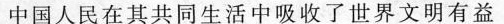
中国人民在其共同生活中吸收了世界文明有益